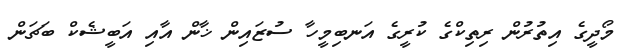
މޯދީގެ އިތުރުން ރިތިކްގެ ކުރީގެ އަނބިމީހާ ސުޒައިން ޚާން އާއި އަބީޝެކް ބަޗަން